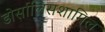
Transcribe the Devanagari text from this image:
डोर्सालिसशामिल